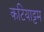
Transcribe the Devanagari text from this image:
कटियाट्टम